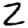
Digit: 2